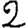
Digit: 2